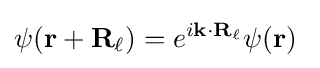
\psi (\mathbf {r+R_{\ell }} )=e^{i\mathbf {k\cdot R_{\ell }} }\psi (\mathbf {r} )\